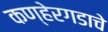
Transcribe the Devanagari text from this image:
कण्हेरगडाचे